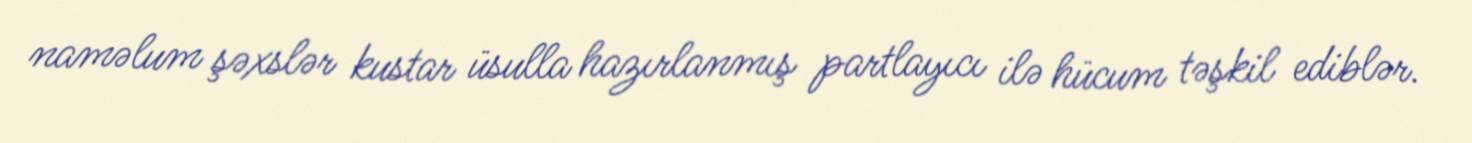
naməlum şəxslər kustar üsulla hazırlanmış partlayıcı ilə hücum təşkil ediblər.